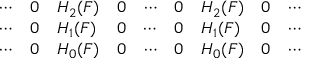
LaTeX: \begin{array} { l l l l l l l l l } { \cdots } & { 0 } & { H _ { 2 } ( F ) } & { 0 } & { \cdots } & { 0 } & { H _ { 2 } ( F ) } & { 0 } & { \cdots } \\ { \cdots } & { 0 } & { H _ { 1 } ( F ) } & { 0 } & { \cdots } & { 0 } & { H _ { 1 } ( F ) } & { 0 } & { \cdots } \\ { \cdots } & { 0 } & { H _ { 0 } ( F ) } & { 0 } & { \cdots } & { 0 } & { H _ { 0 } ( F ) } & { 0 } & { \cdots } \end{array}